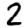
Digit: 2